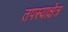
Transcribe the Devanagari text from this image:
तपस्याक्षेत्र